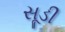
સૂડી